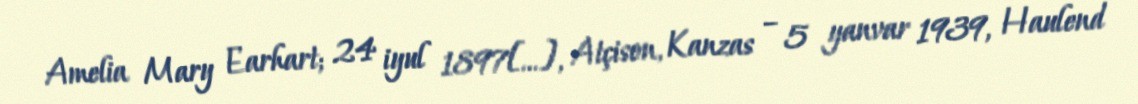
Amelia Mary Earhart; 24 iyul 1897[…], Atçison, Kanzas – 5 yanvar 1939, Haulend